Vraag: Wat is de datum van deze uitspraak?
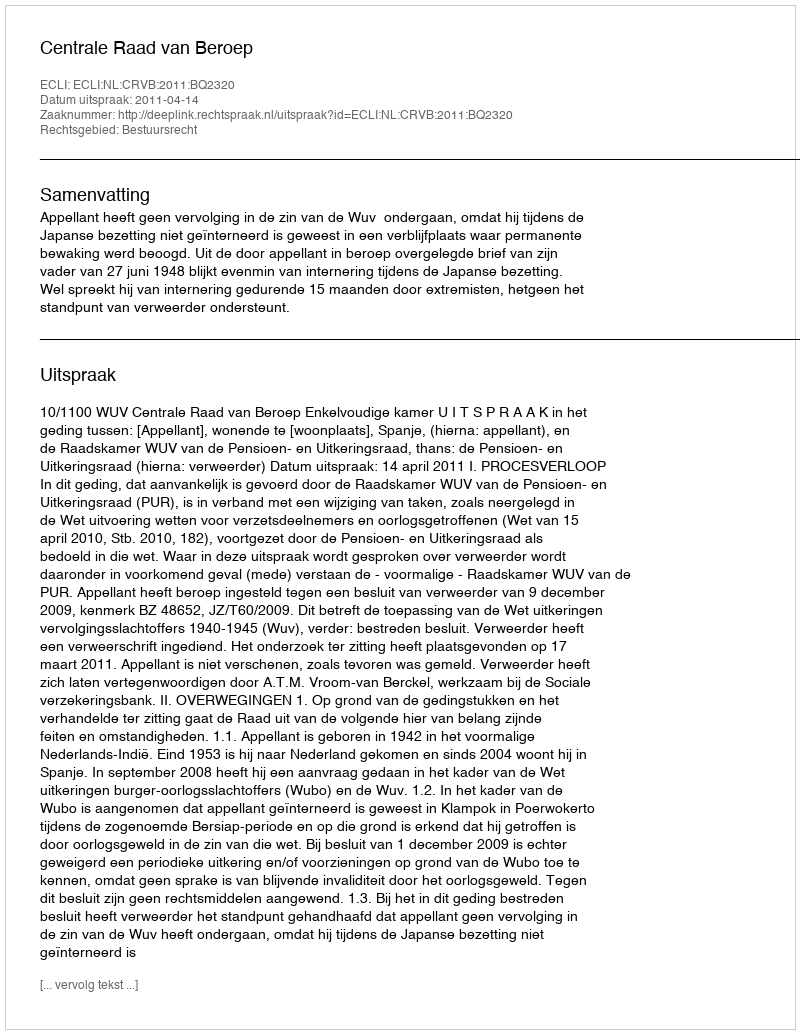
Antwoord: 2011-04-14